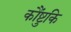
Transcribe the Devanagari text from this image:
कौंष्टुकि